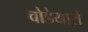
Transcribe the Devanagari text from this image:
वोडेयारों